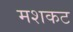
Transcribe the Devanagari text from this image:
मशकट